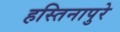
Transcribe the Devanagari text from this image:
हस्तिनापुरे